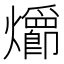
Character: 𪺄